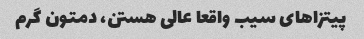
پیتزاهای سیب واقعا عالی هستن، دمتون گرم